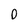
Character: o